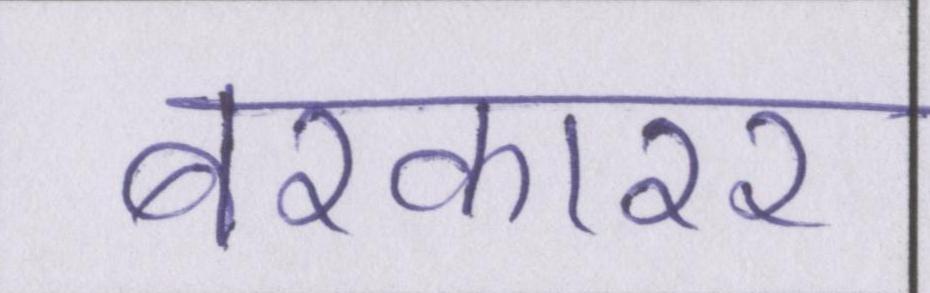
बरकारर